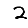
Digit: 2